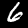
Label: 6